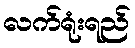
လက်ရုံးရည်